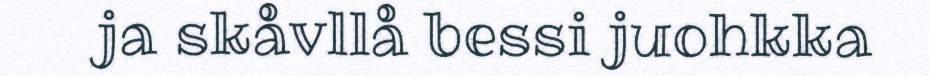
ja skåvllå bessi juohkka